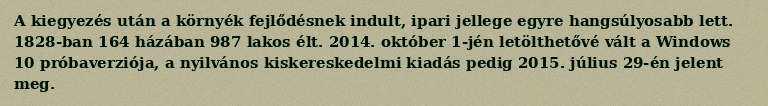
A kiegyezés után a környék fejlődésnek indult, ipari jellege egyre hangsúlyosabb lett. 1828-ban 164 házában 987 lakos élt. 2014. október 1-jén letölthetővé vált a Windows 10 próbaverziója, a nyilvános kiskereskedelmi kiadás pedig 2015. július 29-én jelent meg.